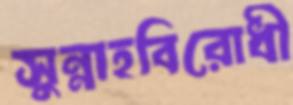
সুন্নাহবিরোধী